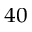
^ { 4 0 }